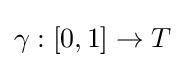
\gamma :\left[0,1\right]\rightarrow T